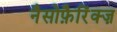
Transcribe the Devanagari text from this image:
नैसोफ़ैरिंक्ज़